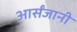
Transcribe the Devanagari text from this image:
आर्संजानी